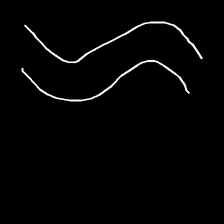
Glyph: float